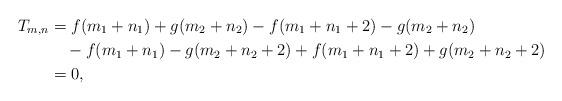
LaTeX: \begin{align*}T_{m,n}&=f(m_1+n_1)+g(m_2+n_2)-f(m_1+n_1+2)-g(m_2+n_2)\\&\quad-f(m_1+n_1)-g(m_2+n_2+2)+f(m_1+n_1+2)+g(m_2+n_2+2)\\&=0,\end{align*}